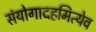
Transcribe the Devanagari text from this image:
संयोगादहमित्येव